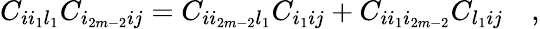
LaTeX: C_{ii_{1}l_{1}}C_{i_{2m-2}ij}=C_{ii_{2m-2}l_{1}}C_{i_{1}ij}+C_{ii_{1}i_{2m-2}}C_{l_{1}ij}\quad,